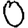
Digit: 0